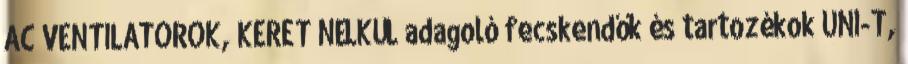
AC VENTILÁTOROK, KERET NÉLKÜL adagoló fecskendők és tartozékok UNI-T,